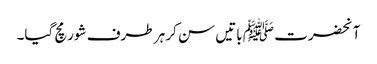
آنحضرت ﷺ باتیں سن کر ہر طرف شور مچ گیا۔